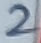
Text: 2